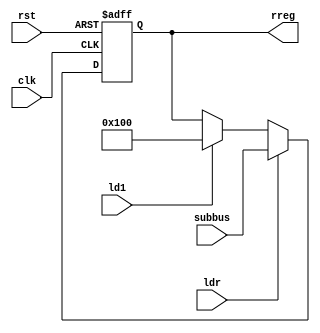
`timescale 1ns/1ns
module rreg(input rst,clk,input ldr,ld1 , input [15:0]subbus , output reg [15:0]rreg);
  always@(posedge clk, posedge rst) begin
  if(rst) rreg<=16'b 0;
  else if(ldr) rreg<=subbus;
  else if(ld1) rreg<=16'b 0000000100000000;
  end
endmodule